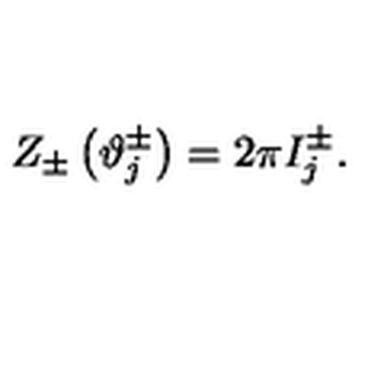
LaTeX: Z _ { \pm } \left( \vartheta _ { j } ^ { \pm } \right) = 2 \pi I _ { j } ^ { \pm } .